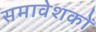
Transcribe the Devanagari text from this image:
समावेशकों